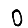
Digit: 0